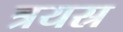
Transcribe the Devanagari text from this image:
त्रयस्र